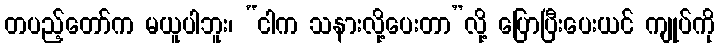
တပည့်တော်က မယူပါဘူး၊ “ငါက သနားလို့ပေးတာ”လို့ ပြောပြီးပေးယင် ကျုပ်ကို